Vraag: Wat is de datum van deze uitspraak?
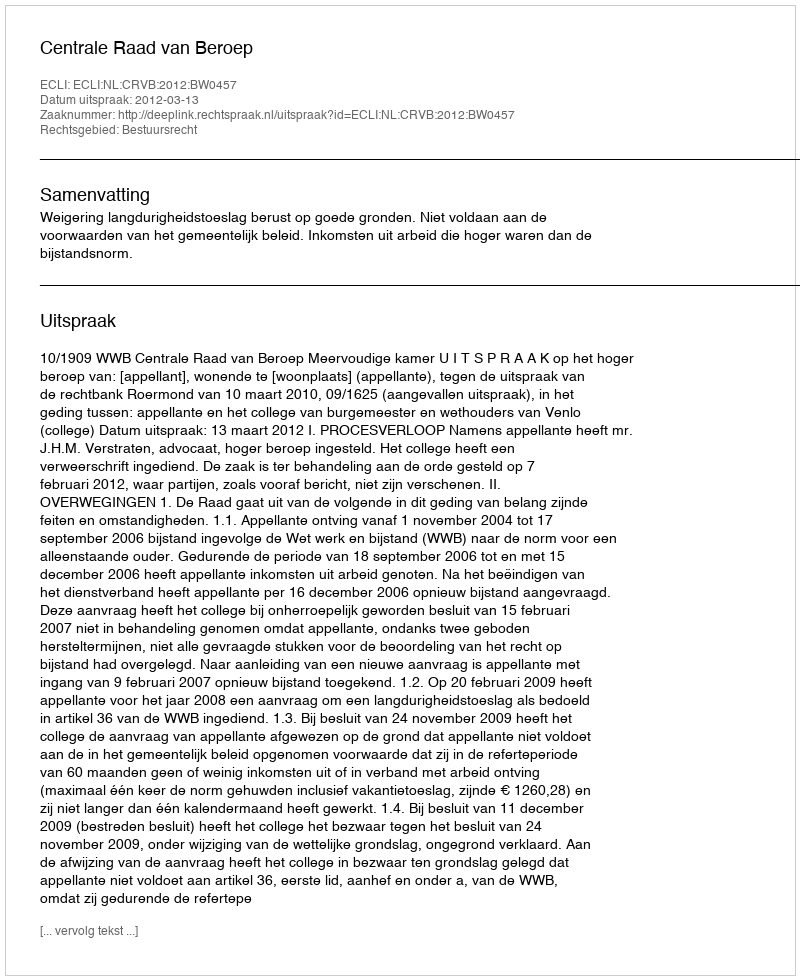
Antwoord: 2012-03-13